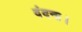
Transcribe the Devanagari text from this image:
वंदना।